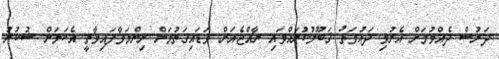
ދަރުސް ދެއްވުމަށް އެރުވި ދަޢުވަތު ޤަބޫލުކުރައްވައި ރާއްޖެއަށް ވަޑައިގަތުމަށް ނިންމަވާފައިވާތީ އެކަމަށް ޝުކުރު